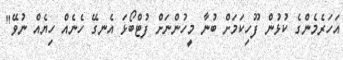
އަހަރެމެންގެ ކުޅުން ފޫހިކަމަށް ބުނާ މީހުންނަށް ފުޓްބޯޅަ އެނގޭ ހެނެއް ހިޔެއް ނުވޭ"